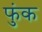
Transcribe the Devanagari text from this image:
फुंक